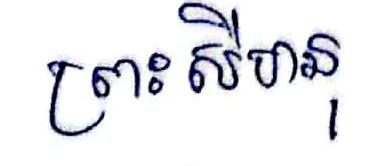
ព្រះសិហនុ